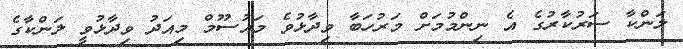
ލަންކާ ސަރުކާރުގެ އެ ނިންމުމަށް މަރުހަބާ ވިދާޅުވެ މައުސޫމް މިއަދު ވިދާޅުވީ ލަންކާގެ